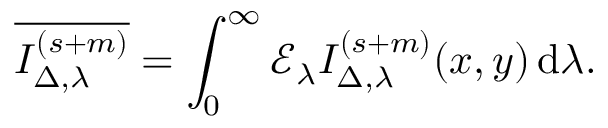
\overline { { I _ { { \Delta } , \lambda } ^ { ( s + m ) } } } = \int _ { 0 } ^ { \infty } \mathcal { E } _ { \lambda } I _ { \Delta , \lambda } ^ { ( s + m ) } ( x , y ) \, \mathrm { d } \lambda .